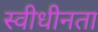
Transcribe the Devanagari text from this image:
स्वीधीनता